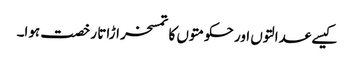
کیسے عدالتوں اور حکومتوں کا تمسخر اڑاتا رخصت ہوا۔